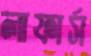
লাফার্স